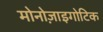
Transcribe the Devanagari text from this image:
मोनोज़ाइगोटिक